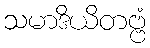
သမာဒိယိတဗ္ဗံ